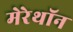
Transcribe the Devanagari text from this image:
मेरेथॉन